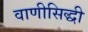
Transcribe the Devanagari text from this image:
वाणीसिद्धी